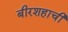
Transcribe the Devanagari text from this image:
बीरशहाची